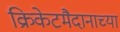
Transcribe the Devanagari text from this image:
क्रिकेटमैदानाच्या